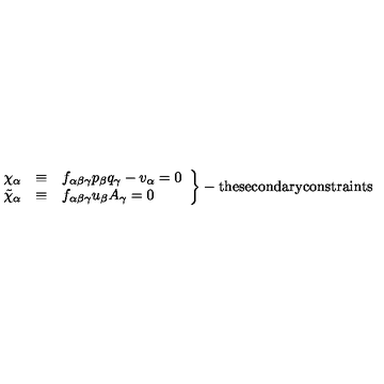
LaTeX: \left. \begin{array} { c c l } { \chi _ { \alpha } } & { \equiv } & { f _ { \alpha \beta \gamma } p _ { \beta } q _ { \gamma } - v _ { \alpha } = 0 } \\ { \tilde { \chi } _ { \alpha } } & { \equiv } & { f _ { \alpha \beta \gamma } u _ { \beta } A _ { \gamma } = 0 } \\ \end{array} \right\} - \mathrm { t h e s e c o n d a r y c o n s t r a i n t s }